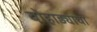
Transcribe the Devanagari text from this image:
बोहाड्याचा